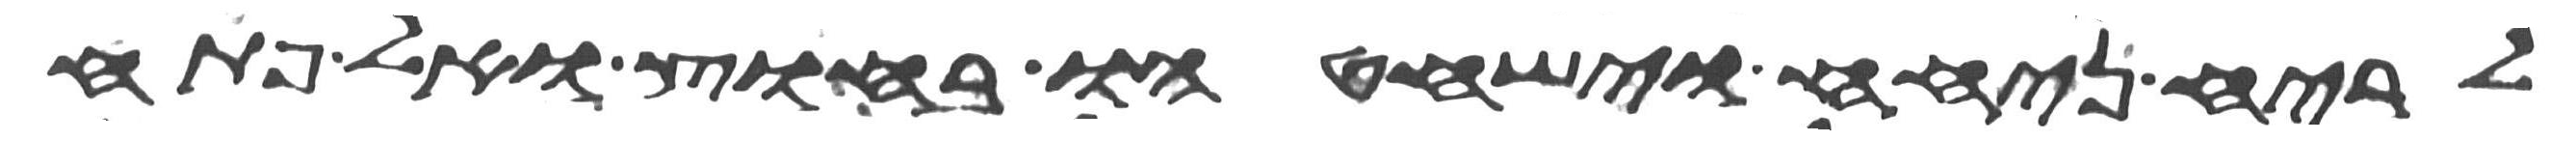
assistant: לריח ניחח וישחטהו בחוץ ואל פתח